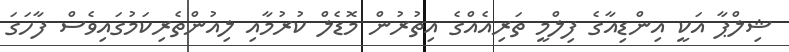
ޝިލްޕާ އަކީ އިންޑިއާގެ ފިލްމީ ތަރިއެއްގެ އިތުރުން މޮޑެލް ކުރުމާއި ލިއުންތެރިކަމުގައިވެސް ފާހަގަ